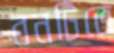
বনটিতে